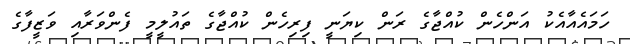
ހަމައެއާއެކު އަންހެން ކުއްޖާގެ ރަން ކިޔަނީ ފިރިހެން ކުއްޖާގެ ތައުލީމީ ފެންވަރާއި ވަޒީފާގެ